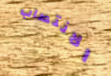
الانتصاب